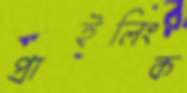
প্রাইলিংক